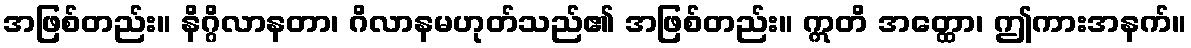
အဖြစ်တည်း။ နိဂ္ဂိလာနတာ၊ ဂိလာနမဟုတ်သည်၏ အဖြစ်တည်း။ ဣတိ အတ္ထော၊ ဤကားအနက်။